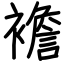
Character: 襜